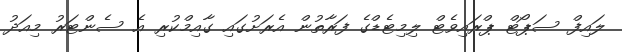
ލައިފް ސަޕޯޓް ޕްރައިވެޓް ލިމިޓެޑްގެ ފަރާތުން އެރަށުގައި ގާއިމްކުރި އެ ސެންޓަރު މިއަދު